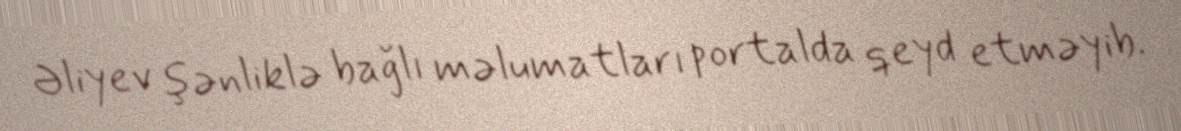
Əliyev şənliklə bağlı məlumatları portalda qeyd etməyib.